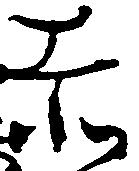
赤